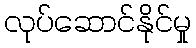
လုပ်ဆောင်နိုင်မှု